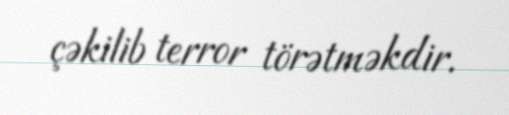
çəkilib terror törətməkdir.